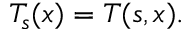
T _ { s } ( x ) = T ( s , x ) .